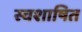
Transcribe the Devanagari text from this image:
स्वशाषित